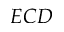
E C D